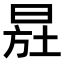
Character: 𣌷